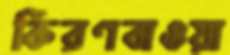
কিরণবাওয়া